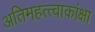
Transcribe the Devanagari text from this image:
अतिमहत्त्वाकांक्षा